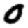
Digit: 0